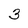
Character: 3